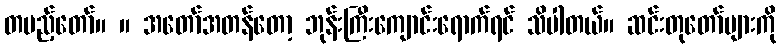
တပည့်တော်။ ။ အတော်အတန်တော့ ဘုန်းကြီးကျောင်းရောက်ရင် သိပါတယ်။ ဆင်းတုတော်များကို